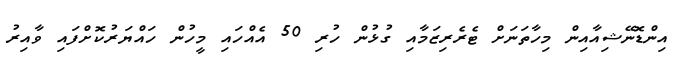
އިންޑޮނޭޝިއާއިން މިހާތަނަށް ޓެރެރިޒަމާއި ގުޅުން ހުރި 50 އެއްހައި މީހުން ހައްޔަރުކޮށްފައި ވާއިރު